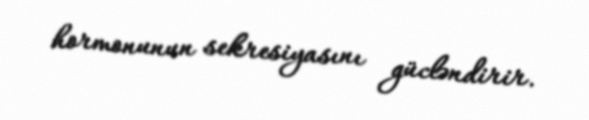
hormonunun sekresiyasını gücləndirir.